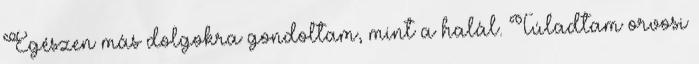
Egészen más dolgokra gondoltam, mint a halál. Túladtam orvosi